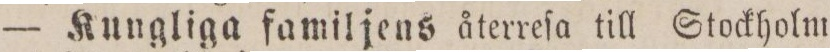
— Kungliga familjens återreſa till Stockholm